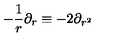
- \frac { 1 } { r } \partial _ { r } \equiv - 2 \partial _ { r ^ { 2 } }